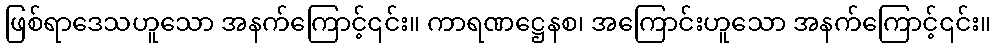
ဖြစ်ရာဒေသဟူသော အနက်ကြောင့်၎င်း။ ကာရဏဋ္ဌေနစ၊ အကြောင်းဟူသော အနက်ကြောင့်၎င်း။